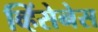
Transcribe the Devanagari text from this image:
व्हिंसेनेस